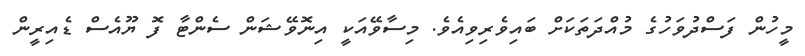
މީހުން ފަސްދުވަހުގެ މުއްދަތަކަށް ބައިވެރިވިއެވެ. މިސާވޭއަކީ އިނޮވޭޝަން ސެންޓާ ފޮ ޔޫއެސް ޑެއިރީން